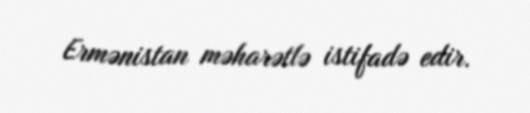
Ermənistan məharətlə istifadə edir.